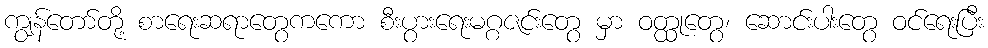
ကျွန်တော်တို့ စာရေးဆရာတွေကကော စီးပွားရေးမဂ္ဂဇင်းတွေ မှာ ဝတ္ထုတွေ၊ ဆောင်းပါးတွေ ဝင်ရေးပြီး